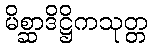
မိစ္ဆာဒိဋ္ဌိကသုတ္တ